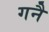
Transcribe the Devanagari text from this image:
गनै